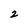
Character: 2